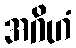
အဂိဟံ